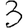
Digit: 3